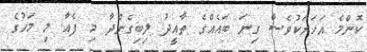
ކޮންމެ އަހަރަކުވެސް ގިނަ ބައެއްގެ ތާއީދު ލިބިގެންދާ މި ފެއާ މި މަހުގެ